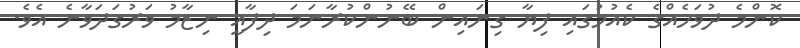
ކޮންމެ ދުވަހެއްގެ ކެއުމުގައި ފިޔާ ގިނައިން ބޭނުންކުރާނަމަ ދިފާއީ ނިޒާމު ވަރުގަދަވާނެ އެވެ.